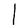
Character: l